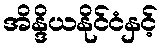
အိန္ဒိယနိုင်ငံနှင့်